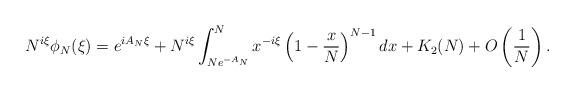
LaTeX: \begin{align*}N^{i \xi} \phi_N(\xi) = e^{i A_N \xi}+ N^{i \xi} \int_{N e^{-A_N}}^N x^{-i \xi} \left(1 - \frac{x}{N} \right)^{N-1} dx + K_2(N) + O\left(\frac{1}{N}\right).\end{align*}